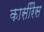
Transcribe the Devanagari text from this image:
कासीरैस